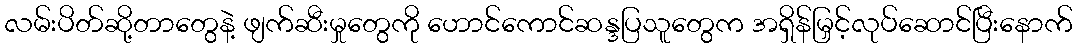
လမ်းပိတ်ဆို့တာတွေနဲ့ ဖျက်ဆီးမှုတွေကို ဟောင်ကောင်ဆန္ဒပြသူတွေက အရှိန်မြှင့်လုပ်ဆောင်ပြီးနောက်